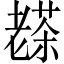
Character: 𦓅